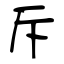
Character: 斥